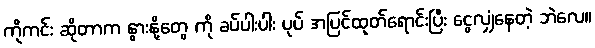
ကိုကင်း ဆိုတာက နွားနို့တွေ ကို ခပ်ပါးပါး ပုပ် အပြင်ထုတ်ရောင်းပြီး ငွေလျှံနေတဲ့ ဘဲလေ။